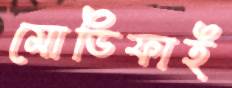
মোডিফাই